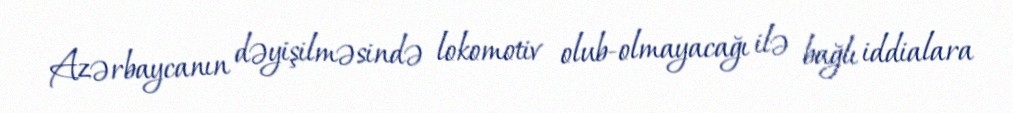
Azərbaycanın dəyişilməsində lokomotiv olub-olmayacağı ilə bağlı iddialara